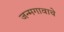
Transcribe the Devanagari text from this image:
जन्मगावाचे